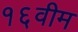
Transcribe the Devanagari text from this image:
१६वीम